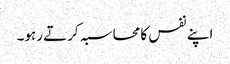
اپنے نفس کا محاسبہ کرتے رہو۔